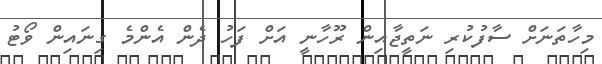
މިހާތަނަށް ސާފުކުރި ނަތީޖާއިން ރޫހާނީ އަށް ފަހު ދެން އެންމެ ގިނައިން ވޯޓު